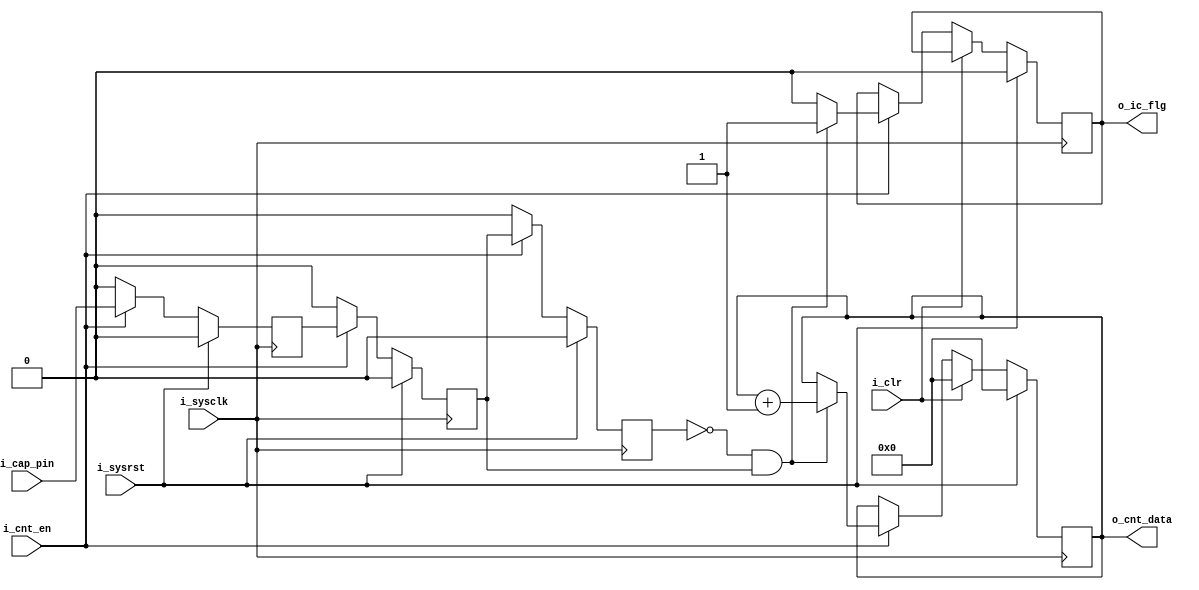
module input_capture(	
	input			i_sysclk,		// System Clock
	input			i_sysrst,		// System Reset
	
	input 			i_cap_pin,		// Input Capture Pin
	input			i_clr,			// Clear

	input			i_cnt_en,		// Count enable

	output			o_ic_flg,		// Input Capture Flag
	output 	[15:0]	o_cnt_data 		// Counter value
);

//---------------------------------------------
//	Input Capture
//---------------------------------------------
reg 		r_icap_0;
reg 		r_icap_1;
reg 		r_icap_2;
wire		w_cap_rise;
wire 		w_cap_fall;
always @ (posedge i_sysclk)
begin
	if (i_sysrst)
	begin
		r_icap_0 	<= 1'b0;
		r_icap_1 	<= 1'b0;
		r_icap_2 	<= 1'b0;
	end
	else if (i_cnt_en)
	begin
		r_icap_0 <= i_cap_pin;
		r_icap_1 <= r_icap_0;
		r_icap_2 <= r_icap_1;
	end
	else 
	begin
		r_icap_0 	<= 1'b0;
		r_icap_1 	<= 1'b0;
		r_icap_2 	<= 1'b0;
	end
end
//---------------------------------------------
assign w_cap_rise = ((~r_icap_2) & r_icap_1);
//---------------------------------------------

//---------------------------------------------
//	Input Capture Counter
//---------------------------------------------
reg [15:0] 	r_cnt;
reg 		r_ic_flg;
always @ (posedge i_sysclk)
begin
	if(i_sysrst)begin							// System reset
		r_cnt <= 16'h0;
		r_ic_flg <= 0;
	end
	else 
	begin
		if(i_clr)								// Clear
			r_cnt <= 16'h0;
		else if(i_cnt_en)						// If counting enabled
		begin
			if (w_cap_rise) begin
				r_cnt <= r_cnt + 1'b1;		// Counting impulse
				r_ic_flg <= 1;
			end
			else r_ic_flg <= 0;	
		end
	end
end
//---------------------------------------------

//---------------------------------------------
// Output signal generation
//---------------------------------------------
assign o_ic_flg = r_ic_flg;
assign o_cnt_data = r_cnt;
//---------------------------------------------
endmodule